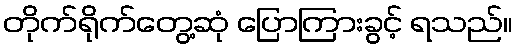
တိုက်ရိုက်တွေ့ဆုံ ပြောကြားခွင့် ရသည်။